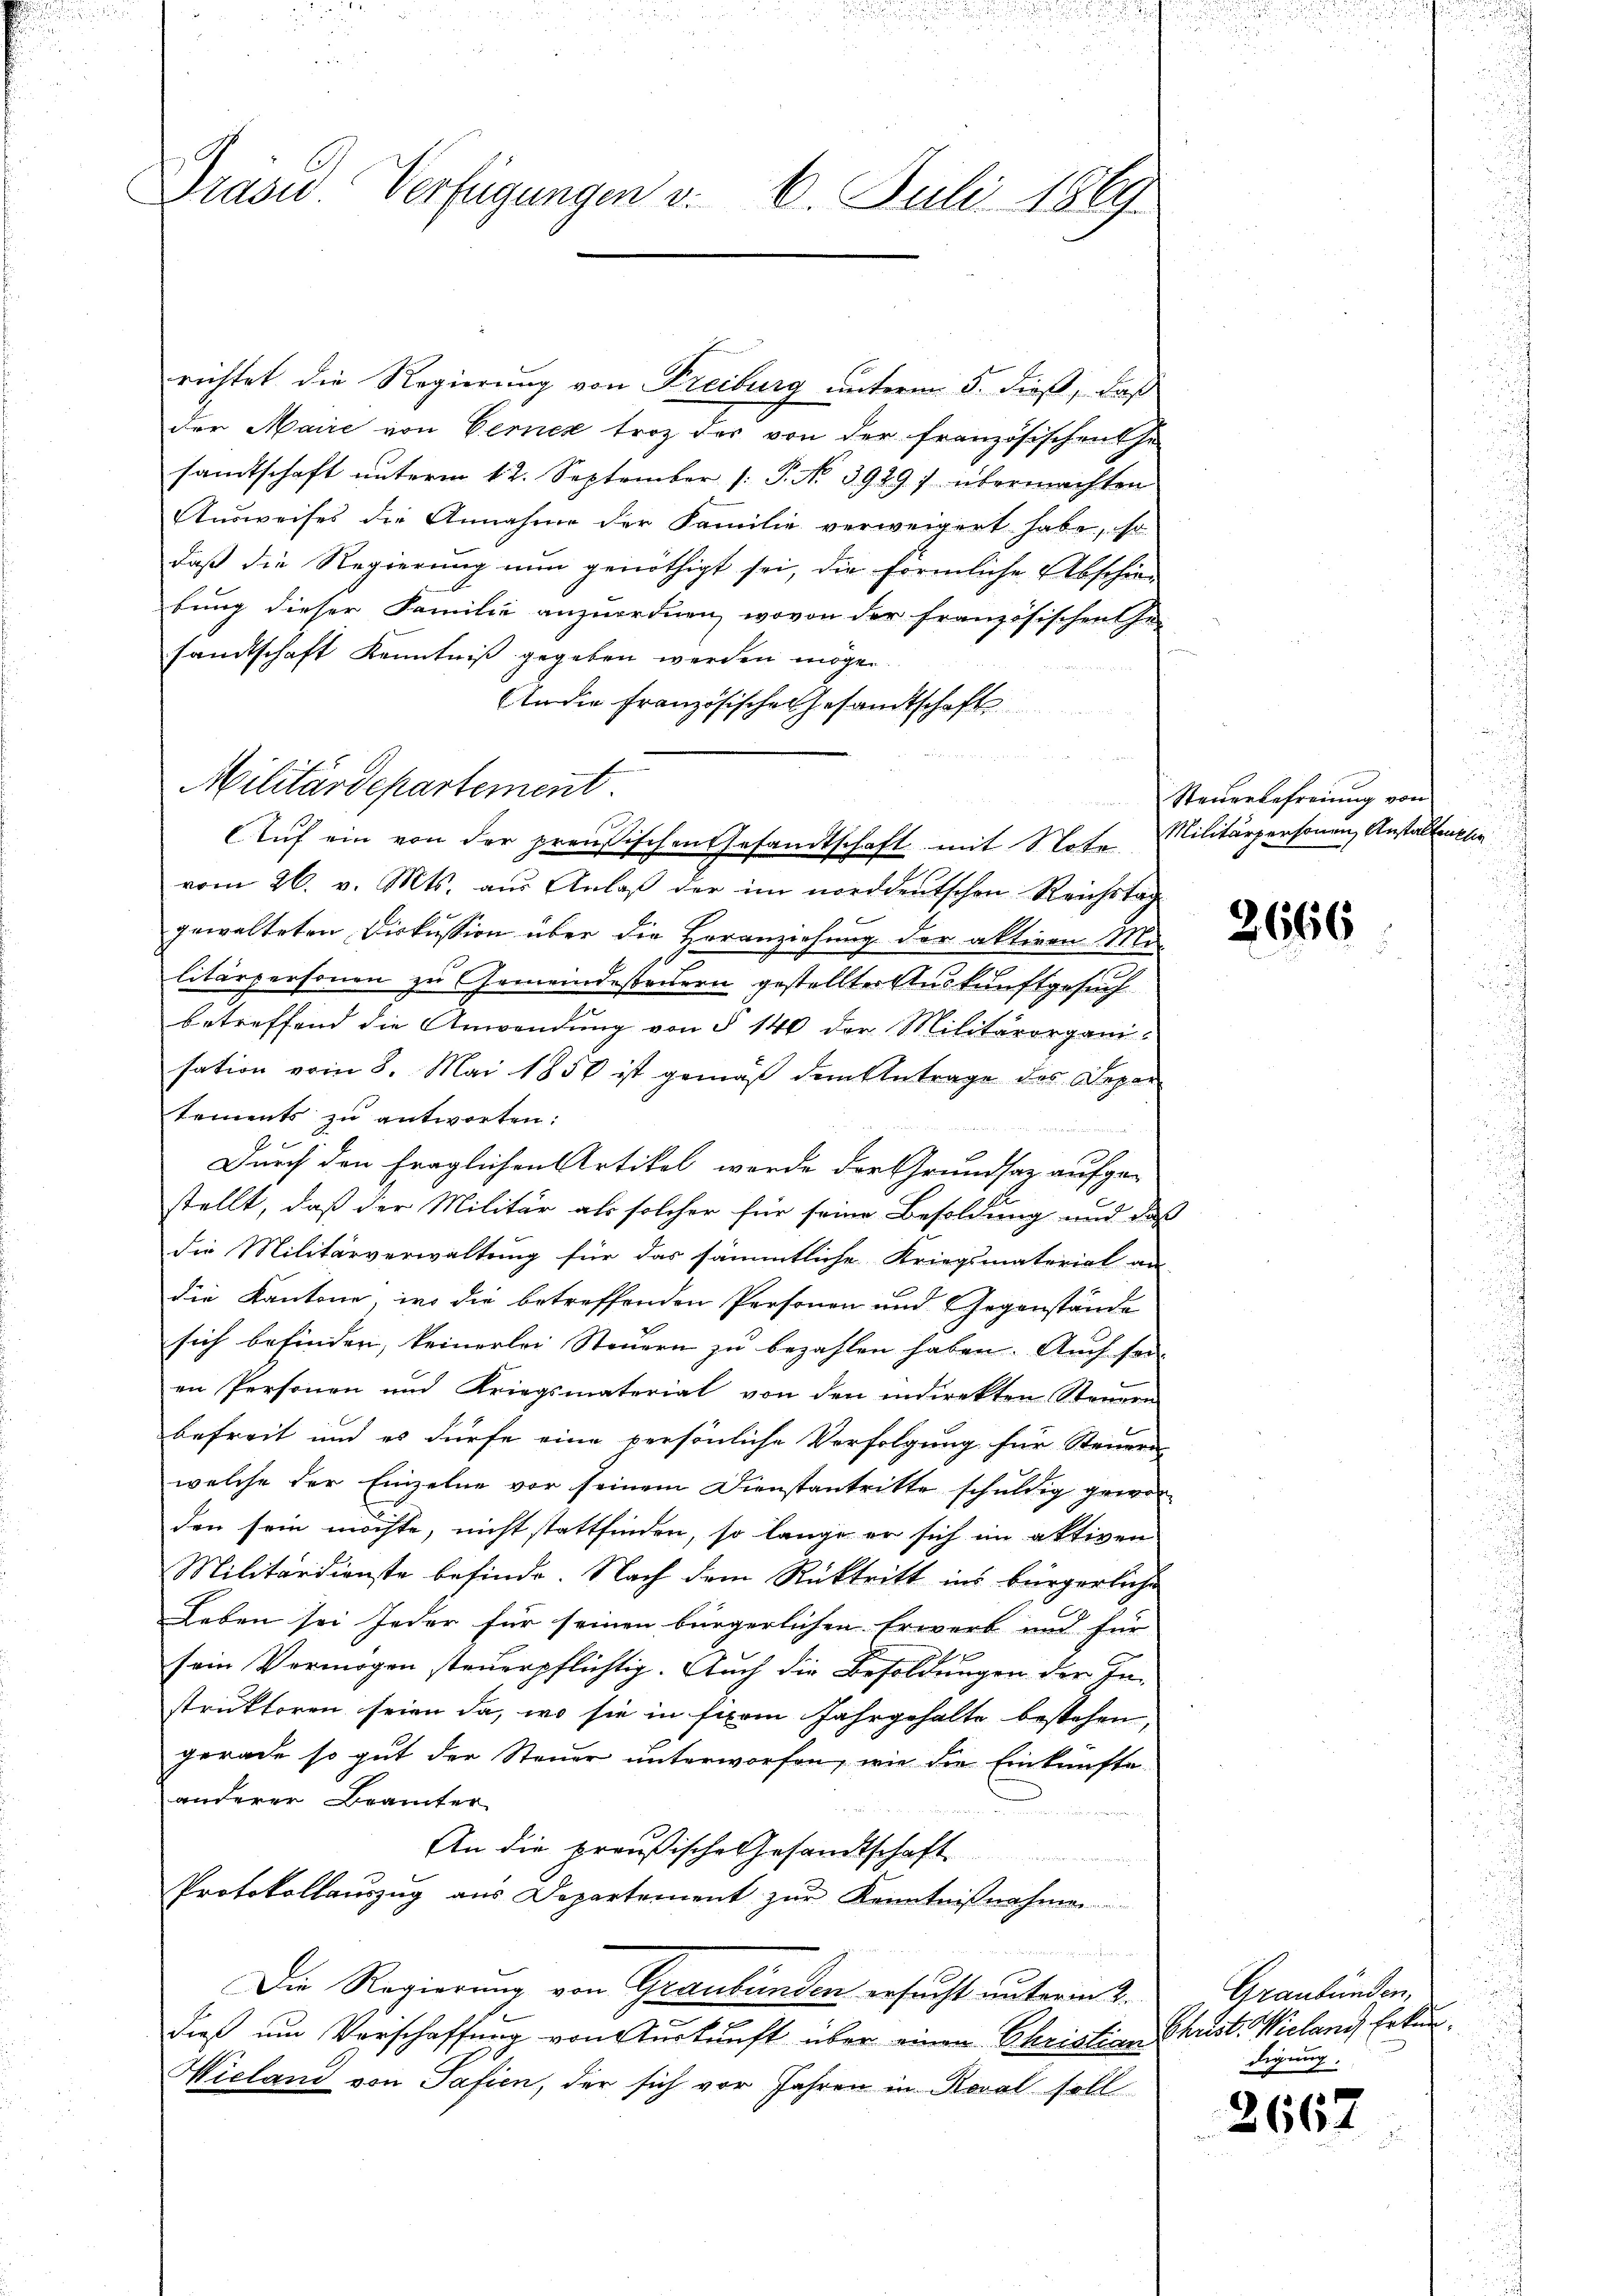
Grase Verfügungen v. 6. Juli 1869

richtet die Regierung von Freiburg unterm 5. dieß, daß
der Maire von Berner trotz der von der Französischentha
samtschaft unterm 12. September [: P. No 3929) übermachten
Ausweises die Annahme der Familie verweigert habe, so
daß die Regierung nun genöthigt sei, die förmliche Abschä-
bung dieser Familie anzuordnen, wovon der französischen Ge-
samtschaft Kenntniß gegeben werden möge.
An die französische Gesandtschaft
vom 26. v. Mts. aus Anlaß der im norddeutschen Reichstag
gewalteten Diskussion über die Voranziehung der aktiven Me-
litärpersonen zu Gemeindestandern gestellte Auskunftgesuch
betreffend die Anwendung von § 140 der Militärorgani-
sation vom 8. Mai 1858 ist gemäß dem Antrage des Depar
tements zu antworten:
n
Durch den fraglichen Artikel werde der Grundsaz aufge-
stellt, daß der Militär als solcher für seine Besoldung und des
die Militärverwaltung für das sämmtliche Kriegsmaterial an
die Kantone, wo die betreffenden Personen und Gegenstände
sich befinden, keinerlei Steuern zu bezahlen haben. Auch sein
en Personen und Kriegsmaterial von den indirekten Steuern
befreit und es dürfe eine persönliche Verfolgung für Steuern
welche der Einzelne vor seinem Dienstantritte schuldig gewor
den sein möchte, nicht stattfinden, so lange er sich im aktiven
Militärdienste befinde. Nach dem Rücktritt ins bürgerliche
Leben sei jeder für seinen bürgerlichen Erwerb und für
sein Vermögen steuerpflichtig. Auch die Besoldungen der In-
struktoren seien da, wo sie in ferm Jahrgehalte bestehen,
gerade so gut der Steuer unterworfen, wie die Einkünfte
anderer Brämter
e
An die preußische Gesandtschaft
e
Protokollauszug aus Departement zur Kenntnißnahme

Die Regierung von Graubünden ersucht unterm 2.
dieß um Vorschaffung von Auskunft über einen Christian Christ. Wielang Erkun¬
Wieland von Pasien, der sich vor Jahren in Reval soll

Militärdepartement.

Auf ein von der preußischen Gesandtschaft mit Note Militärpersonen Anstaltenklin

Steuerbefreiung von

2666

Graubünden,
digung.

2667